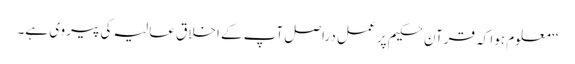
‘‘ معلوم ہوا کہ قرآن حکیم پر عمل دراصل آپ کے اخلاق عالیہ کی پیروی ہے۔